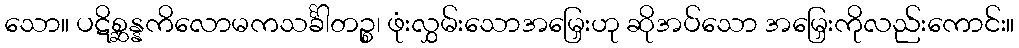
သော။ ပဋိစ္ဆန္နကိလောမကသင်္ခါတဉ္စ၊ ဖုံးလွှမ်းသောအမြှေးဟု ဆိုအပ်သော အမြှေးကိုလည်းကောင်း။